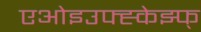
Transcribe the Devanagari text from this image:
एओइउफ्ह्केझ्फ्